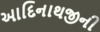
આદિનાથજીની